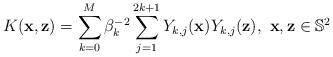
LaTeX: \begin{align*}K(\mathbf{x},\mathbf{z})=\sum_{k=0}^M \beta_k^{-2}\sum_{j=1}^{2k+1} Y_{k,j}(\mathbf{x}) Y_{k,j}(\mathbf{z}),\ \mathbf{x}, \mathbf{z}\in\mathbb{S}^2\end{align*}